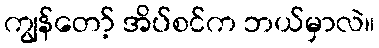
ကျွန်တော့် အိပ်စင်က ဘယ်မှာလဲ။